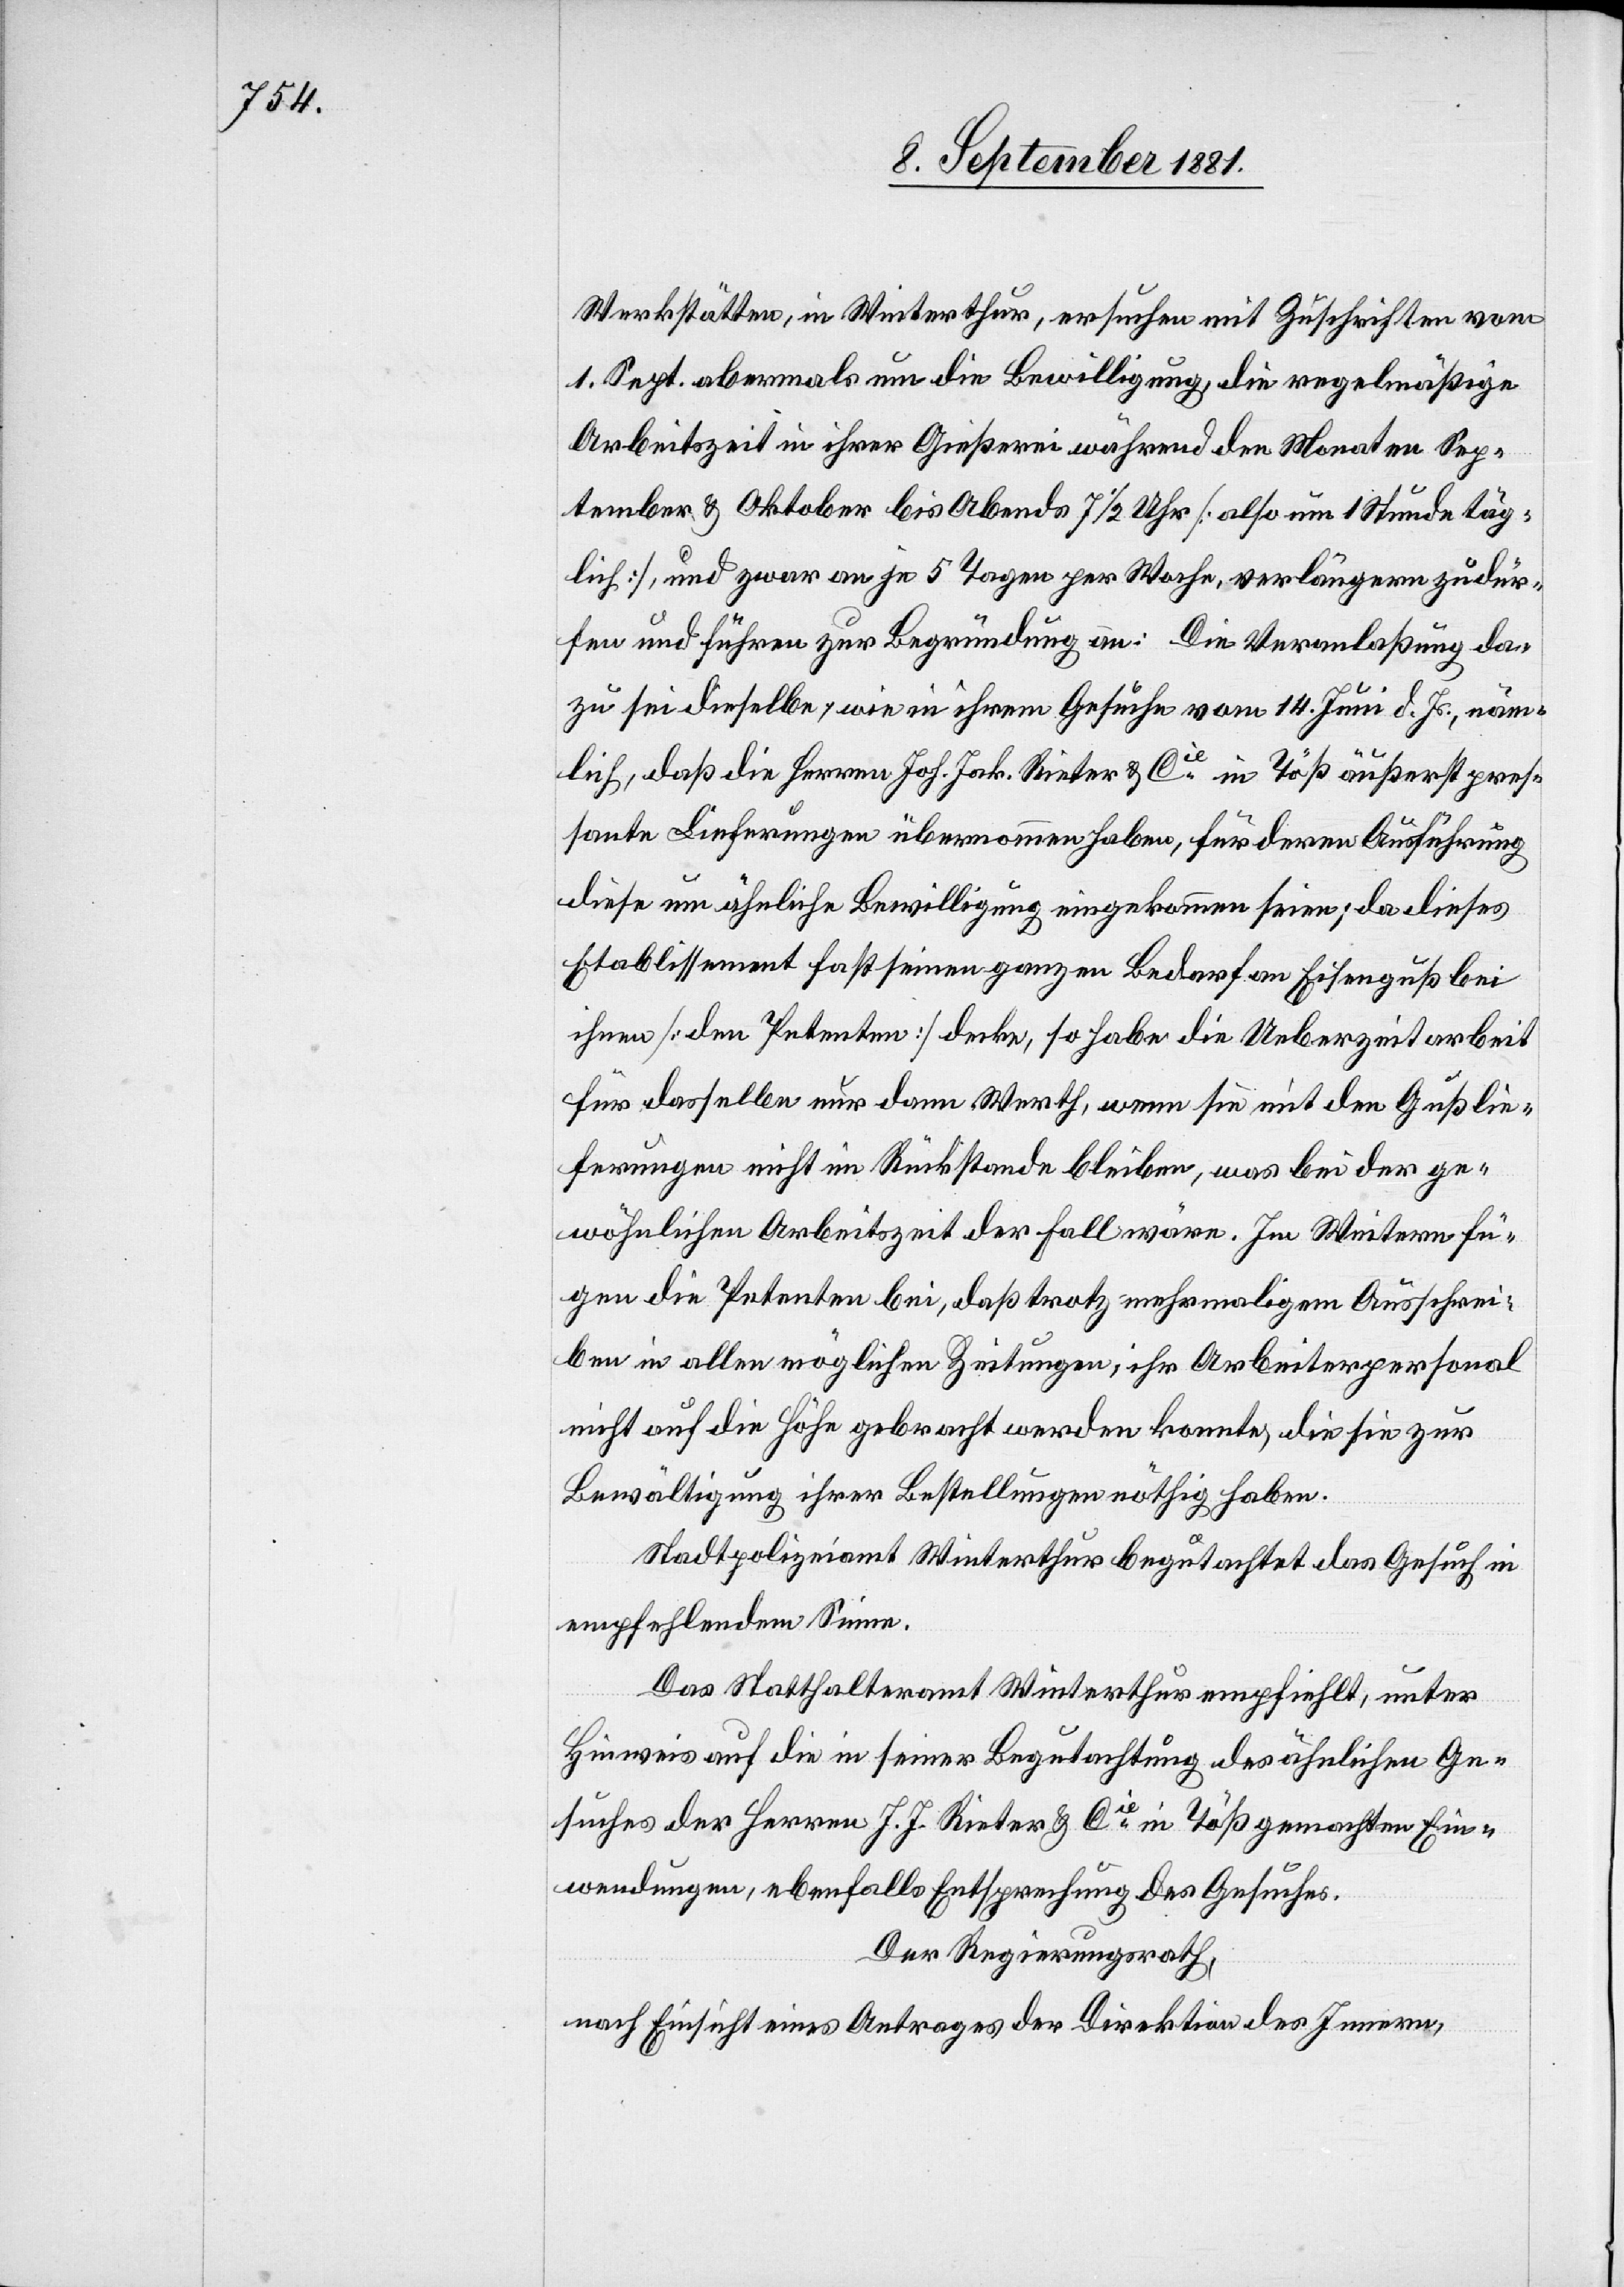
Werkstätten, in Winterthur, ersuchen mit Zuschriften vom
1. Sept. abermals um die Bewilligung, die regelmäßige
Arbeitszeit in ihrer Gießerei während den Monaten Sep¬
tember & Oktober bis Abends 7 1/2 Uhr [also um 1 Stunde täg¬
lich], und zwar an je 5 Tagen per Woche, verlängern zu dür¬
fen und führen zur Begründung an: Die Veranlaßung da¬
zu sei dieselbe, wie in ihrem Gesuche vom 14. Juni d. Js., näm¬
lich, daß die Herren Joh. Jak. Rieter & Cie in Töß äußerst pres¬
sante Lieferungen übernommen haben, für deren Ausführung
diese um ähnliche Bewilligung eingekommen seien; da dieses
Etablissement fast seinen ganzen Bedarf an Eisenguß bei
ihnen [den Petenten] decke, so habe die Ueberzeitarbeit
für dasselbe nur dann Werth, wenn sie mit den Gußlie¬
ferungen nicht im Rückstande bleiben, was bei der ge¬
wöhnlichen Arbeitszeit der Fall wäre. Im Weitern fü¬
gen die Petenten bei, daß trotz mehrmaligem Ausschrei¬
ben in allen möglichen Zeitungen, ihr Arbeitspersonal
nicht auf die Höhe gebracht werden konnte, die sie zur
Bewältigung ihrer Bestellungen nöthig haben.
Stadtpolizeiamt Winterthur begutachtet das Gesuch in
empfehlendem Sinne.
Das Statthalteramt Winterthur empfiehlt, unter
Hinweis auf die in seiner Begutachtung des ähnlichen Ge¬
suches der Herren J. J. Rieter & Cie in Töß gemachten Ein¬
wendungen, ebenfalls Entsprechung des Gesuches.
Der Regierungsrath,
nach Einsicht eines Antrages der Direktion des Innern,